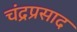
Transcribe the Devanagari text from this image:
चंद्रप्रसाद